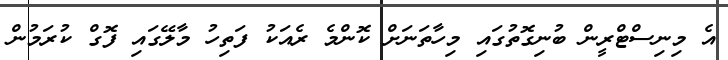
އެ މިނިސްޓްރީން ބުނިގޮތުގައި މިހާތަނަށް ކޮންމެ ރެއަކު ފަތިހު މާލޭގައި ފޮގް ކުރަމުން